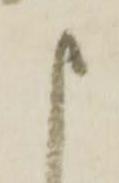
申